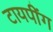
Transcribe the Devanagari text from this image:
टायपींग